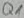
Text: Q1